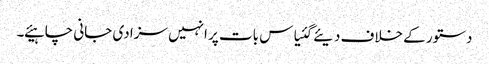
دستور کے خلاف دیئے گئیاس بات پر انہیں سزا دی جانی چاہیئے ۔